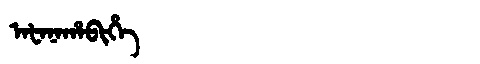
Manchu: ᠠᡶᠠᠨᠠᡥᠠᠪᡳᡥᡝ
Romanization: AFANAHABIHE